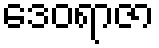
ဒေဝရာဇာ